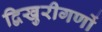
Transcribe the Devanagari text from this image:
द्विखुरीगणों